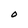
Character: O